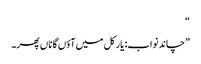
“
”چاند نواب: یار کل میں آؤں گا ناں پھر۔